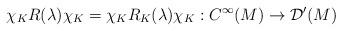
LaTeX: \begin{align*} \chi_K R(\lambda)\chi_K =\chi_K R_K(\lambda)\chi_K: C^\infty(M)\to\mathcal{D}'(M)\end{align*}